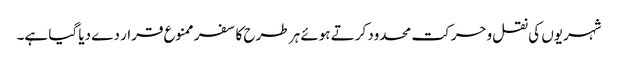
شہریوں کی نقل وحرکت محدود کرتے ہوئے ہر طرح کا سفر ممنوع قرار دے دیا گیا ہے۔